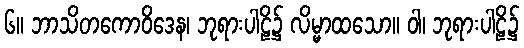
၆။ ဘာသိတကောဝိဒေန၊ ဘုရားပါဠိ၌ လိမ္မာထသော။ ဝါ၊ ဘုရားပါဠိ၌